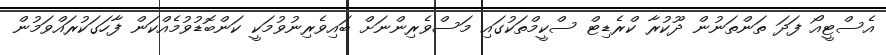
އެސްޓީއޯ ފަދަ ތަންތަނުން ދޫކުރާ ކްރެޑިޓް ސްކީމްތަކުގައި މަސްވެރިންނަށް ބައިވެރިނުވުމަކީ ކަންބޮޑުވުމެއްކަން ފާހަގަކުރައްވަމުން